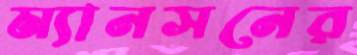
ম্যানসনের